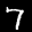
Label: 7